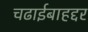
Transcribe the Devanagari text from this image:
चढाईबाहद्दर